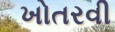
ખોતરવી